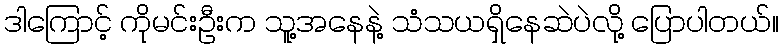
ဒါကြောင့် ကိုမင်းဦးက သူ့အနေနဲ့ သံသယရှိနေဆဲပဲလို့ ပြောပါတယ်။